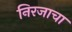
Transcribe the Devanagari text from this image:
निरजाचा